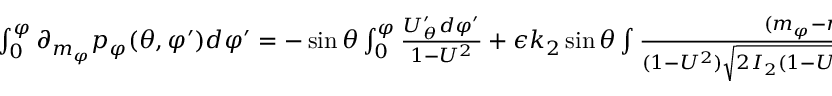
\begin{array} { r } { \int _ { 0 } ^ { \varphi } \partial _ { m _ { \varphi } } p _ { \varphi } ( \theta , \varphi ^ { \prime } ) d \varphi ^ { \prime } = - \sin \theta \int _ { 0 } ^ { \varphi } \frac { U _ { \theta } ^ { \prime } d \varphi ^ { \prime } } { 1 - U ^ { 2 } } + \epsilon k _ { 2 } \sin \theta \int \frac { ( m _ { \varphi } - m _ { \psi } U ) d ( \cos \varphi ^ { \prime } ) } { ( 1 - U ^ { 2 } ) \sqrt { 2 I _ { 2 } ( 1 - U ^ { 2 } ) ( E - b U ) - ( m _ { \varphi } - m _ { \psi } U ) ^ { 2 } } } . } \end{array}